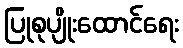
ပြုစုပျိုးထောင်ရေး